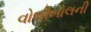
વોલીબોલની